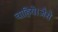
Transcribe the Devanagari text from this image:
चाहिये।जैसे